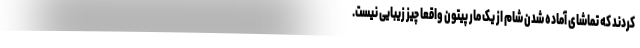
کردند که تماشای آماده شدن شام از یک مار پیتون واقعا چیز زیبایی نیست.